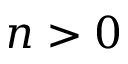
n > 0